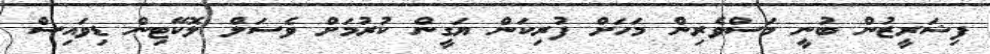
ފިޝަރީޒުން ބުނީ މަސްވެރިން މަހަށް ފުރިކަން ޔަގީން ކުރުމަށް ވެސަލް ލޮކޭޓިން ޑިވައިސް